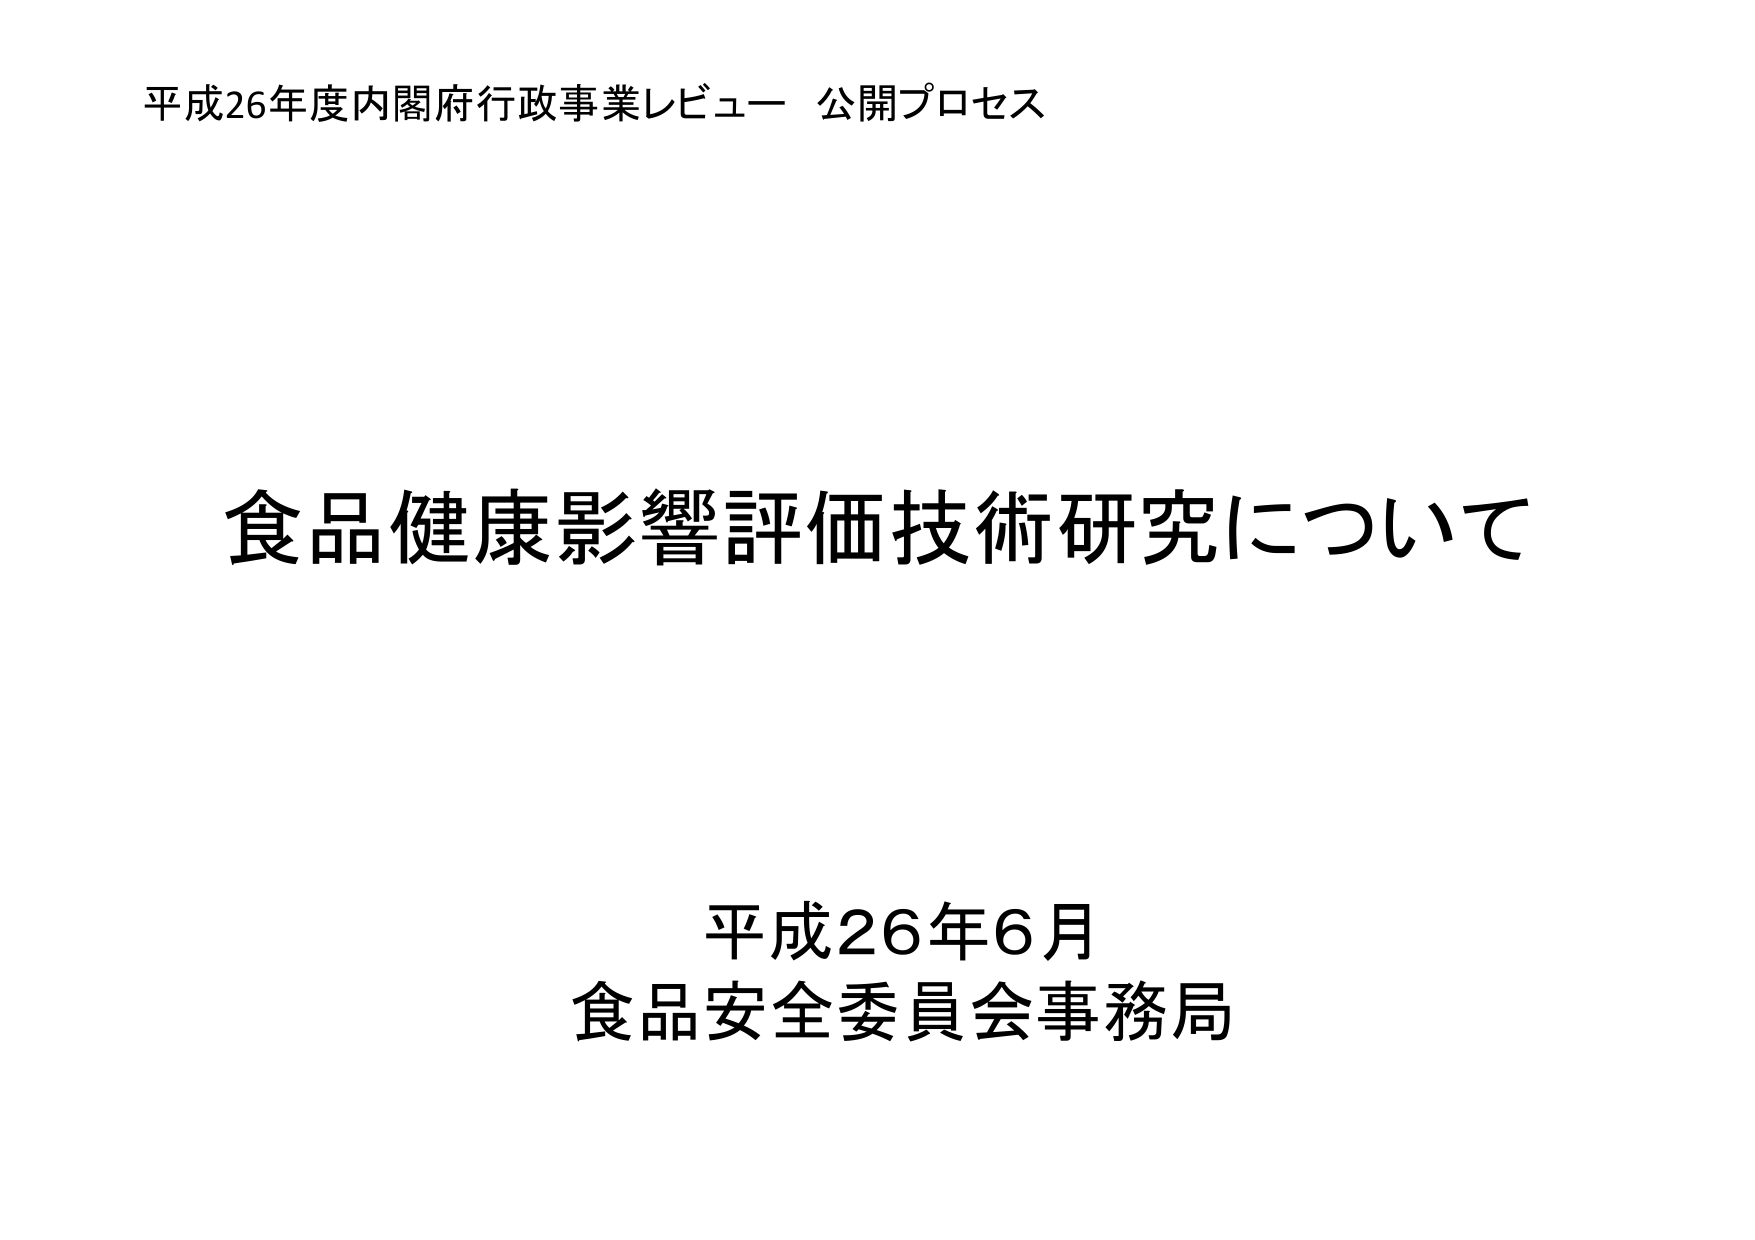
平成26年度内閣府行政事業レビュー 公開プロセス

食品健康影響評価技術研究について

平成26年6月
食品安全委員会事務局